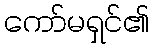
ကော်မရှင်၏